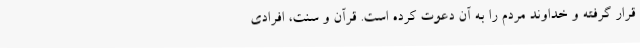
قرار گرفته و خداوند مردم را به آن دعوت کرده است. قرآن و سنت، افرادی